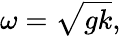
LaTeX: \omega={\sqrt{gk}},